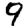
Digit: 9